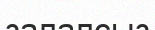
залалсыз